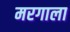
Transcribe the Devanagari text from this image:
मरगाला